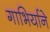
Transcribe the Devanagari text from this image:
गाभिर्याने